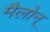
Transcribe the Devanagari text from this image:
मैलोन्